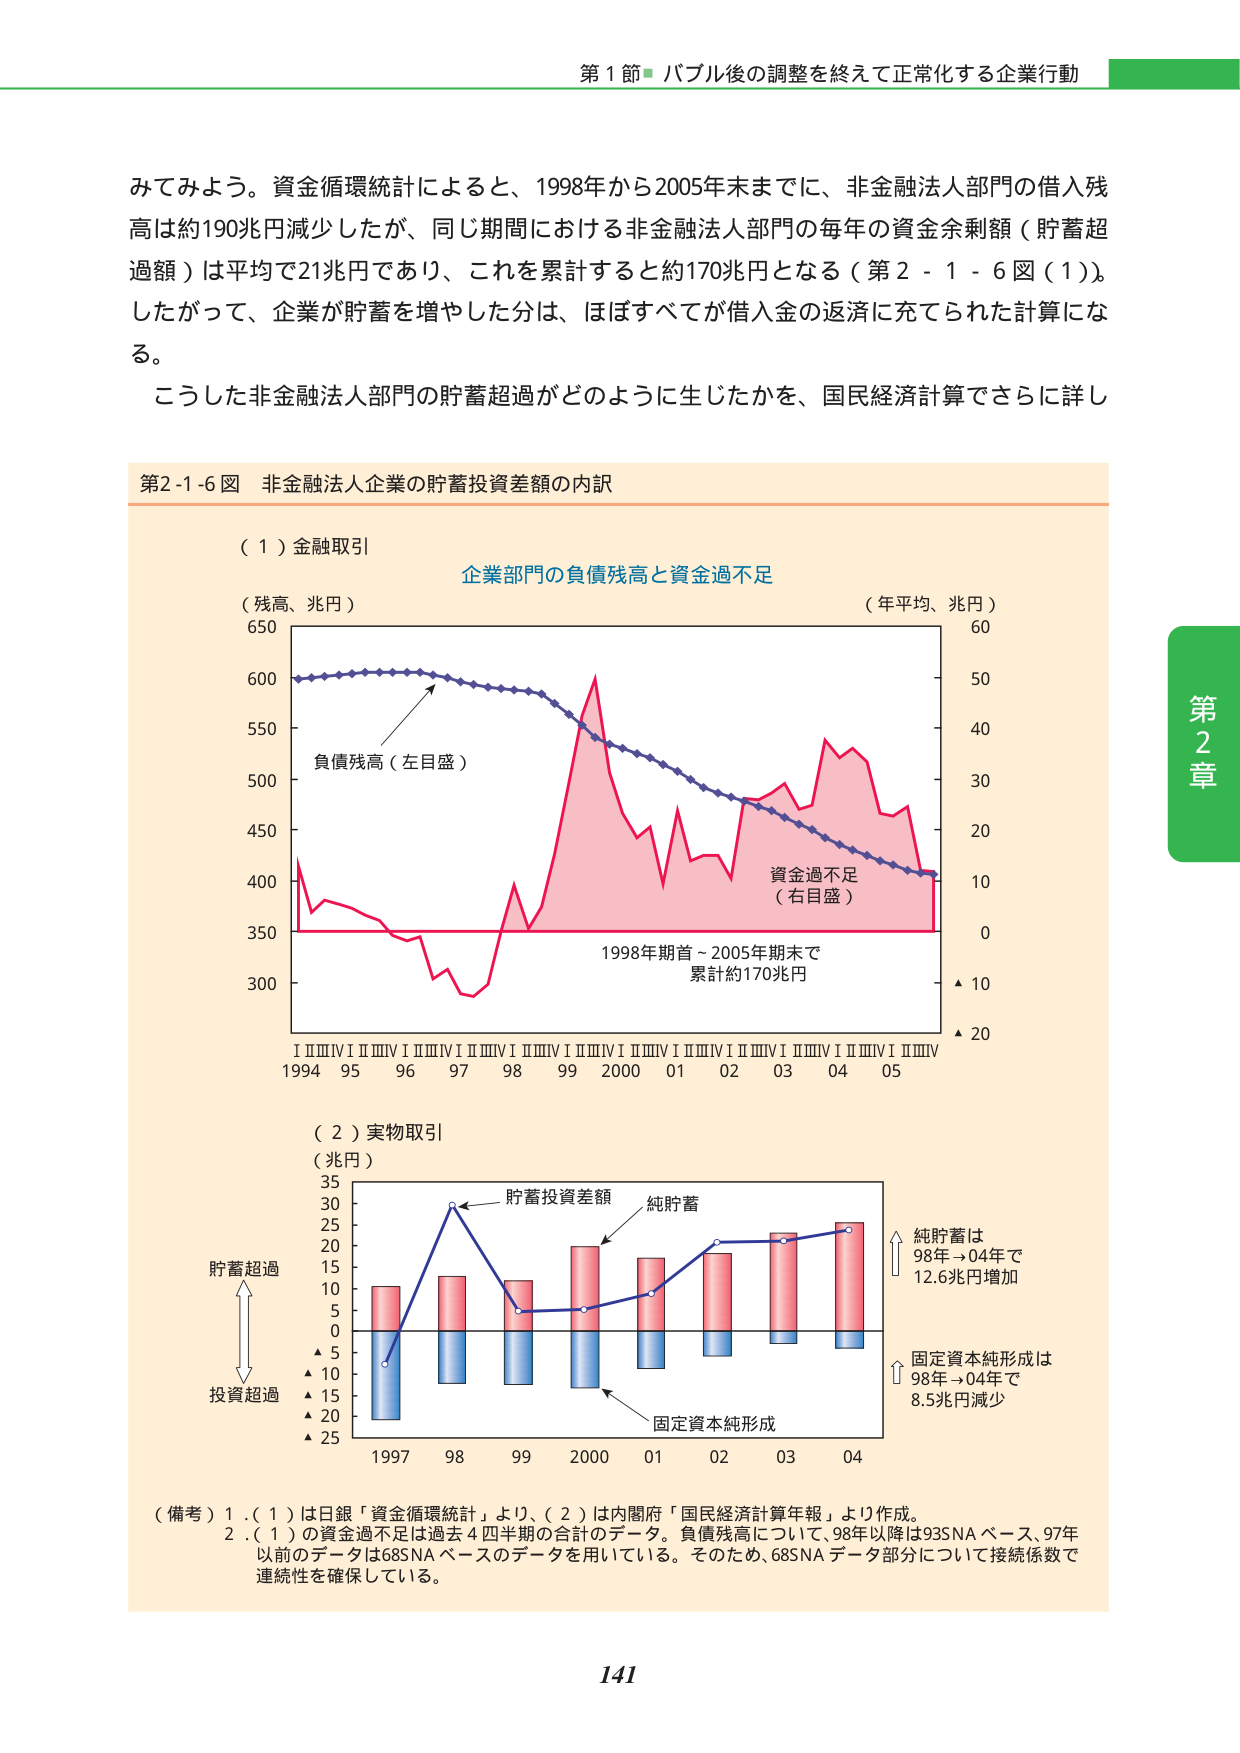
第１節 バブル後の調整を終えて正常化する企業行動

みてみよう。資金循環統計によると、1998年から2005年末までに、非金融法人部門の借入残高は約190兆円減少したが、同じ期間における非金融法人部門の毎年の資金余剰額（貯蓄超過額）は平均で21兆円であり、これを累計すると約170兆円となる（第2-1-6図（1））。したがって、企業が貯蓄を増やした分は、ほぼすべてが借入金の返済に充てられた計算になる。

こうした非金融法人部門の貯蓄超過がどのように生じたかを、国民経済計算でさらに詳し

第2-1-6図 非金融法人企業の貯蓄投資差額の内訳

（1）金融取引
企業部門の負債残高と資金過不足
（残高、兆円）
（年平均、兆円）
650
60
600
50
550
40
500
負債残高（左目盛）
30
450
20
400
資金過不足
（右目盛）
10
350
0
1998年期首～2005年期末で
累計約170兆円
300
▲10
▲20
I II III IV I II III IV I II III IV I II III IV I II III IV I II III IV I II III IV I II III IV
1994 95 96 97 98 99 2000 01 02 03 04 05

（2）実物取引
（兆円）
35
貯蓄投資差額
純貯蓄
30
25
20
貯蓄超過
15
10
5
0
▲5
▲10
▲15
▲20
▲25
1997 98 99 2000 01 02 03 04
純貯蓄は
98年→04年で
12.6兆円増加
固定資本純形成は
98年→04年で
8.5兆円減少
投資超過
固定資本純形成

（備考）1．（1）は日銀「資金循環統計」より、（2）は内閣府「国民経済計算年報」より作成。
2．（1）の資金過不足は過去4四半期の合計のデータ。負債残高について、98年以降は93SNAベース、97年以前のデータは68SNAベースのデータを用いている。そのため、68SNAデータ部分について接続係数で連続性を確保している。

第2章
141